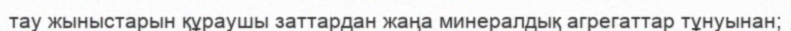
тау жыныстарын құраушы заттардан жаңа минералдық агрегаттар тұнуынан;